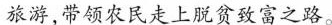
旅游，带领农民走上脱贫致富之路。